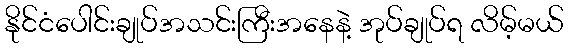
နိုင်ငံပေါင်းချုပ်အသင်းကြီးအနေနဲ့ အုပ်ချုပ်ရ လိမ့်မယ်